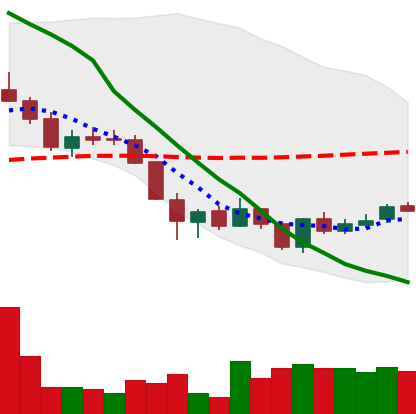
Ticker: LINK-USD
Chart end date: 2018-06-03
Forward return: -18.98%
Label: down_7plus